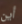
أين